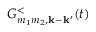
G _ { m _ { 1 } m _ { 2 } , \mathbf k - \mathbf k ^ { \prime } } ^ { < } ( t )